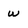
Character: w